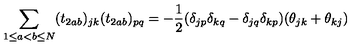
\sum _ { 1 \le a < b \le N } ( t _ { 2 a b } ) _ { j k } ( t _ { 2 a b } ) _ { p q } = - \frac { 1 } { 2 } ( \delta _ { j p } \delta _ { k q } - \delta _ { j q } \delta _ { k p } ) ( \theta _ { j k } + \theta _ { k j } )